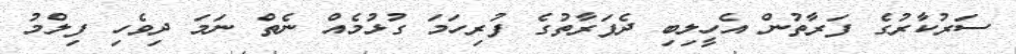
ސަރުކާރުގެ ފަރާތުން އެހީލިބި ދެފަރާތުގެ ފުރިހަމަ ގުޅުމެއް ނެތް ނަމަ ދިވެހި ފިލްމު